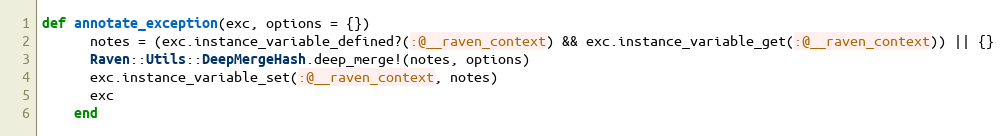
Language: Ruby
def annotate_exception(exc, options = {})
      notes = (exc.instance_variable_defined?(:@__raven_context) && exc.instance_variable_get(:@__raven_context)) || {}
      Raven::Utils::DeepMergeHash.deep_merge!(notes, options)
      exc.instance_variable_set(:@__raven_context, notes)
      exc
    end